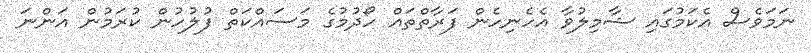
ނަމަވެސް އެކަމުގައި ޝާމިލުވާ އެހެނިހެން ފަރާތްތައް ހޯދުމުގެ މަސައްކަތް ފުލުހުން ކުރަމުން އަންނަ